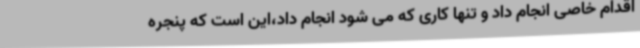
اقدام خاصی انجام داد و تنها کاری که می شود انجام داد،این است که پنجره